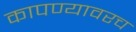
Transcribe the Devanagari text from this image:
कापण्यावरच